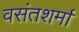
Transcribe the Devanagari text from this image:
वसंतशर्मा